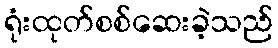
ရုံးထုတ်စစ်ဆေးခဲ့သည်